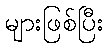
များဖြစ်ပြီး